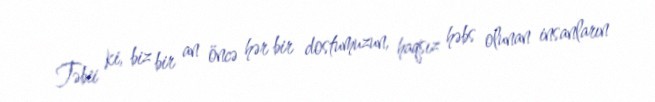
Təbii ki, biz bir an öncə hər bir dostumuzun, haqsız həbs olunan insanların